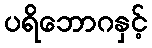
ပရိဘောဂနှင့်